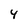
Character: 4